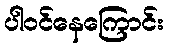
ပါဝင်နေကြောင်း